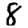
Digit: 8